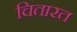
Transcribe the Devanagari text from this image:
चितारत